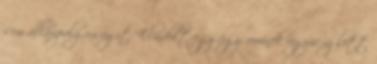
sem állampolgárságit. Elindult egy ügy, aminek úgyis az lett